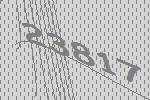
23817